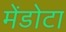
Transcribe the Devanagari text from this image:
मेंडोटा